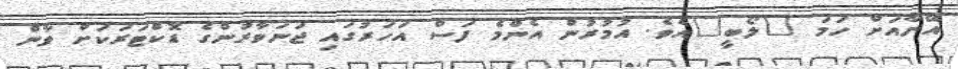
އޭނާއަށް ހަމަ "ލޯބީ"އެވެ. އުމުރުން އެންމެ ފަސް އަހަރުގައި ޖަނަވާރުންގެ ޑޮކްޓަރަކަށް ވާން